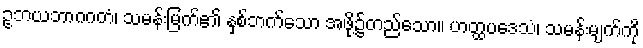
ဥဘယဘာဂဂတံ၊ သမန်းမြက်၏ နှစ်ဘက်သော အဖို့၌တည်သော။ ဟတ္ထပဒေသံ၊ သမန်းမျက်ကို